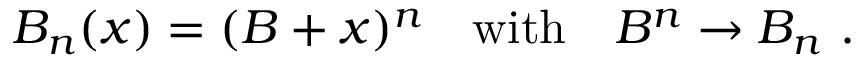
B _ { n } ( x ) = ( B + x ) ^ { n } \quad \mathrm { w i t h } \quad B ^ { n } \rightarrow B _ { n } \ .